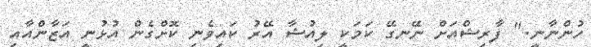
ހުންނާނީ." ފާރިޝްއަށް ނޭނގޭ ކަމަކީ ލިއުޝާ އޭރު ކައިވެނި ކޮށްގެން އުޅުނީ އަޒާންއާއި